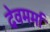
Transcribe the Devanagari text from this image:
देवमर्मा